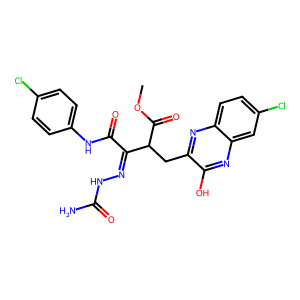
SMILES: COC(=O)C(Cc1nc2ccc(Cl)cc2nc1O)C(=NNC(N)=O)C(=O)Nc1ccc(Cl)cc1
Inhibits HIV replication: No